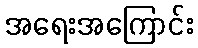
အရေးအကြောင်း